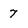
Character: 7